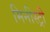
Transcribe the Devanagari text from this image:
मिनीस्‍ट्री